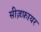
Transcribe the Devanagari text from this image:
सीज़फ़ायर